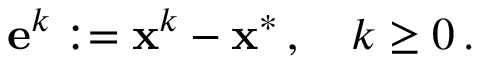
\mathbf { e } ^ { k } : = \mathbf { x } ^ { k } - \mathbf { x } ^ { * } \, , \quad k \geq 0 \, .